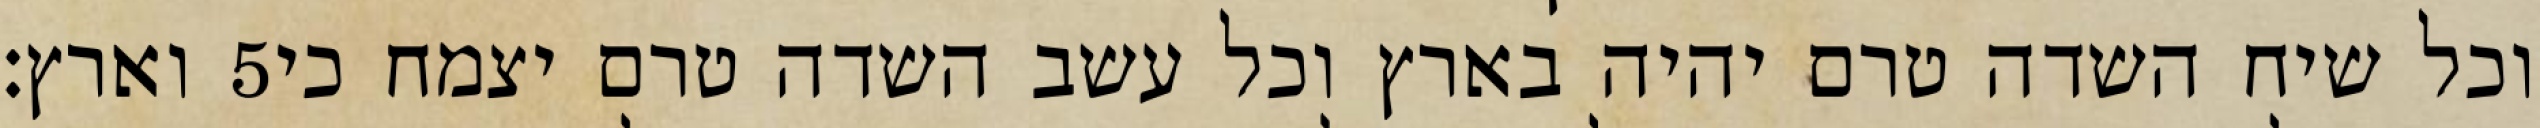
וארץ׃ ‎5‏ וכל שיח השדה טרם יהיה בארץ וכל עשב השדה טרם יצמח כי